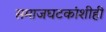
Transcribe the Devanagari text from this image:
समाजघटकांशीही